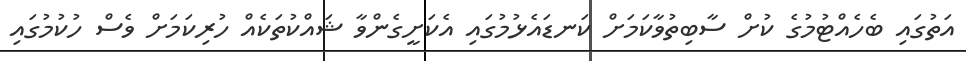
އަތުގައި ބެހެއްޓުމުގެ ކުށް ސާބިތުވާކަމަށް ކަނޑައެޅުމުގައި އެކަށީގެންވާ ޝައްކުތަކެއް ހުރިކަމަށް ވެސް ހުކުމުގައި